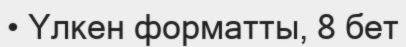
• Үлкен форматты, 8 бет